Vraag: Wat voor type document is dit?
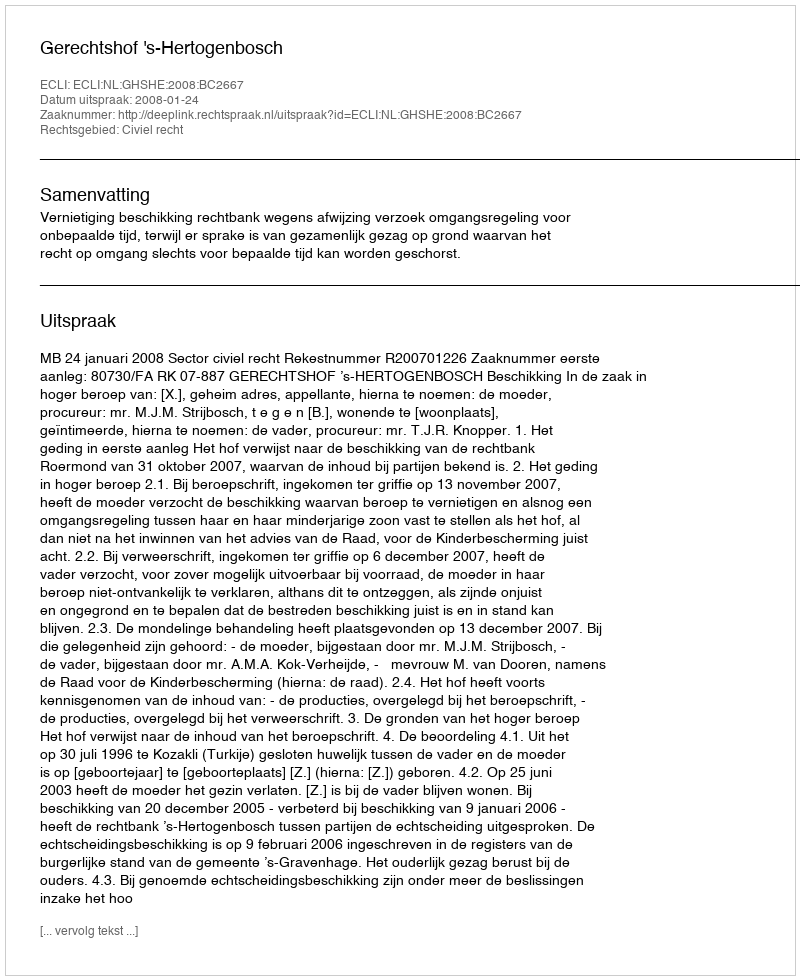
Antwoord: Uitspraak